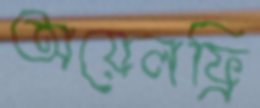
অয়েলফ্রি